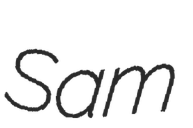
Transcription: Sam